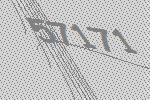
57171